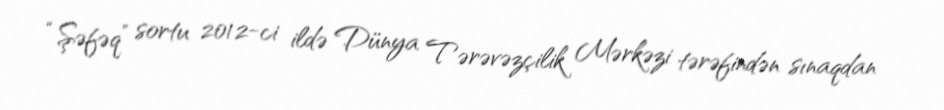
“Şəfəq” sortu 2012-ci ildə Dünya Tərəvəzçilik Mərkəzi tərəfindən sınaqdan